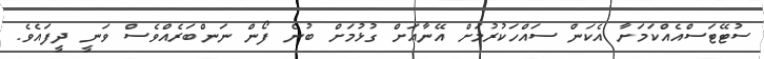
ސުޓޭޓަސްއެއްކަމަށާ އެކަން ސައްހަކުރުމަށް އޭނާއަށް ގުޅުމަށް ބުނެ ފޯން ނަންބަރެއްވެސް ވަނީ ދީފައެވެ.